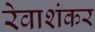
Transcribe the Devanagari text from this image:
रेवाशंकर